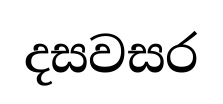
දසවසර